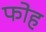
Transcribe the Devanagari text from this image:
फोह